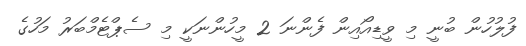
ފުލުހުން ބުނީ މި ވީޑިއޯއިން ފެންނަ 2 މީހުންނަކީ މި ސެޕްޓެމްބަރު މަހުގެ